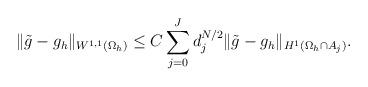
LaTeX: \begin{align*} \|\tilde g - g_h\|_{W^{1,1}(\Omega_h)} \le C \sum_{j=0}^J d_j^{N/2} \|\tilde g - g_h\|_{H^1(\Omega_h \cap A_j)}.\end{align*}